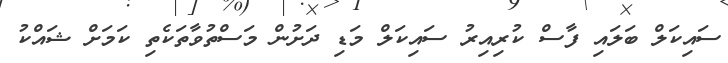
ސައިކަލް ބަލައި ފާސް ކުރިއިރު ސައިކަލް މަޑި ދަށުން މަސްތުވާތަކެތި ކަމަށް ޝައްކު